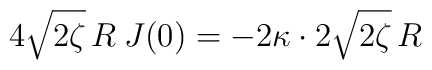
4 \sqrt {2 \zeta} \, R \: J(0) = - 2\kappa \cdot 2\sqrt{2 \zeta} \, R